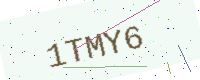
Text: 1TMY6